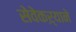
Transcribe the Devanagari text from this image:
सेवेकऱ्याने